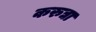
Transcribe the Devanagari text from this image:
करुद्या